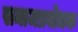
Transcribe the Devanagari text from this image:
समाजप्रबोधक